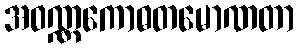
အဝဏ္ဏကောဓတမောဏတာ